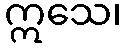
ဣသေ၊